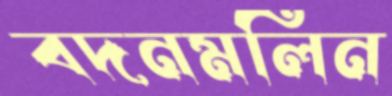
বদনমলিন